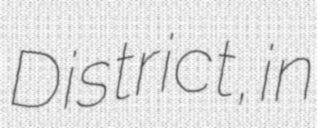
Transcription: District, in